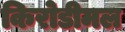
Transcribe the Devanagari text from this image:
किरोडीमल